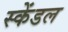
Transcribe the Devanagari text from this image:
स्केंडल